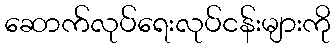
ဆောက်လုပ်ရေးလုပ်ငန်းများကို